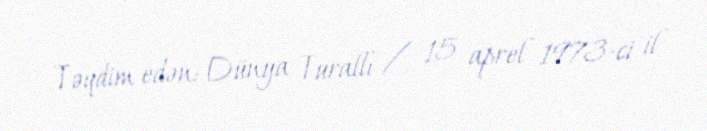
Təqdim edən: Dünya Turallı / 15 aprel 1973-ci il